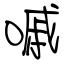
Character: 嘁